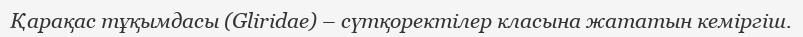
Қарақас тұқымдасы (Glіrіdae) – сүтқоректілер класына жататын кеміргіш.